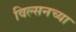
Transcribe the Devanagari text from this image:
विल्सनच्या